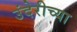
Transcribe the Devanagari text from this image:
उंदेरीच्या